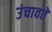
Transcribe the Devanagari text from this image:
उंचावते